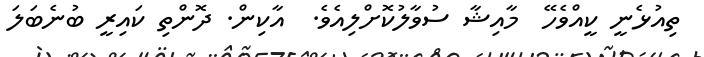
ތިއުޅެނީ ކީއްވެހޭ  މާއިޝާ ސުވާލުކޮށްލިއެވެ.  އާކިން. ދޮންތި ކައިރީ ބުނެބަލަ